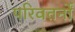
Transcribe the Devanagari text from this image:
परिवतर्नों